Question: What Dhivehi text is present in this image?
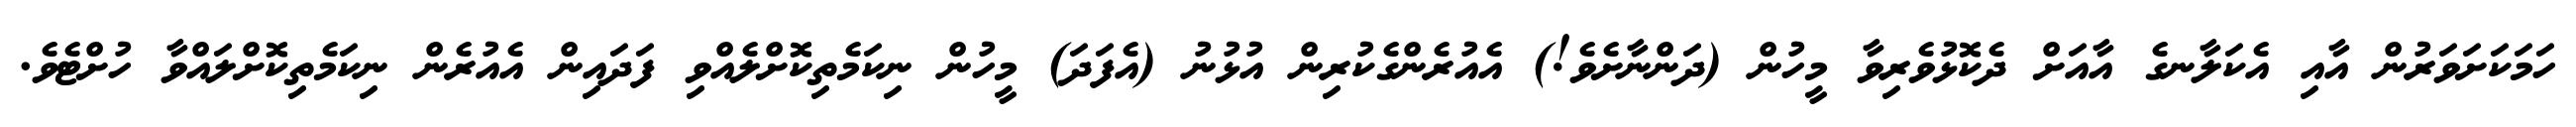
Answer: ހަމަކަށަވަރުން އާއި އެކަލާނގެ އާއަށް ދެކޮޅުވެރިވާ މީހުން (ދަންނާށެވެ!) އެއުރެންގެކުރިން އުޅުނު (އެފަދަ) މީހުން ނިކަމެތިކޮށްލެއްވި ފަދައިން އެއުރެން ނިކަމެތިކޮށްލައްވާ ހުށްޓެވެ.